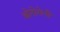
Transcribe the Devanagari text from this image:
ओरोगेनी